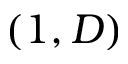
( 1 , D )